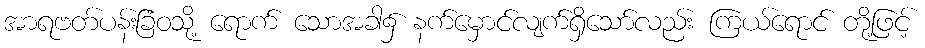
အာရဗတ်ပန်းခြံဝသို့ ရောက် သောအခါ၌ နက်မှောင်လျက်ရှိသော်လည်း ကြယ်ရောင် တို့ဖြင့်